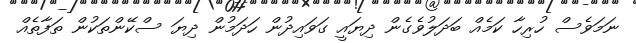
ނަމަވެސް ހުރިހާ ކަމެއް ބަދަލުވެގެން ދިޔައީ ގަވައިދުން ހަދަމުން ދިޔަ ސްކޭންތަކުން ތަފާތެއް